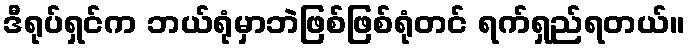
ဒီရုပ်ရှင်က ဘယ်ရုံမှာဘဲဖြစ်ဖြစ်ရုံတင် ရက်ရှည်ရတယ်။